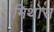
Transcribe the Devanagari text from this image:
मिथोस